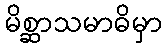
မိစ္ဆာသမာဓိမှာ